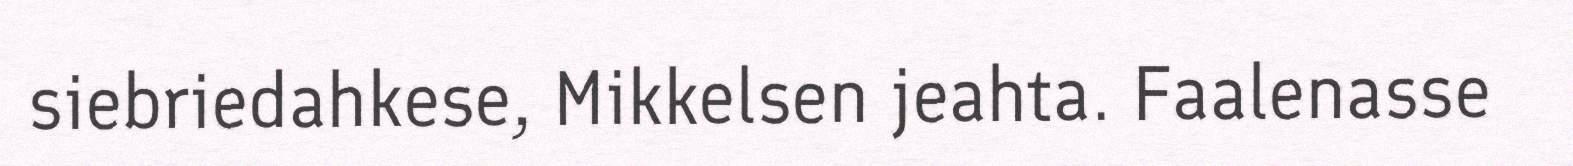
siebriedahkese, Mikkelsen jeahta. Faalenasse